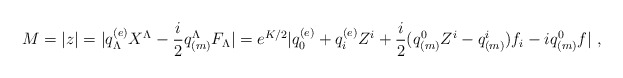
\begin{align*}M = |z| = |q^{(e)}_\Lambda X^\Lambda - {i \over 2} q_{(m)}^\Lambda F_\Lambda|=e^{K/2} |q^{(e)}_0 + q^{(e)}_i Z^i + {i \over 2} (q_{(m)}^0 Z^i -q_{(m)}^i)f_i - iq^0_{(m)} f|\ ,\end{align*}